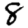
Digit: 8